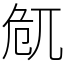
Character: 𠨜